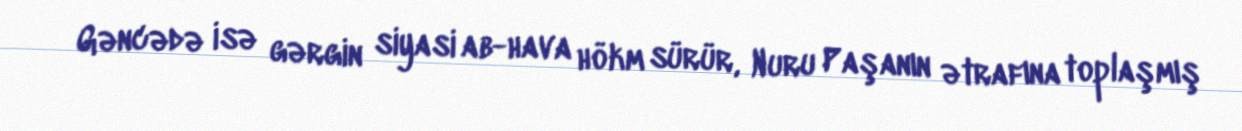
Gəncədə isə gərgin siyasi ab-hava hökm sürür, Nuru Paşanın ətrafına toplaşmış